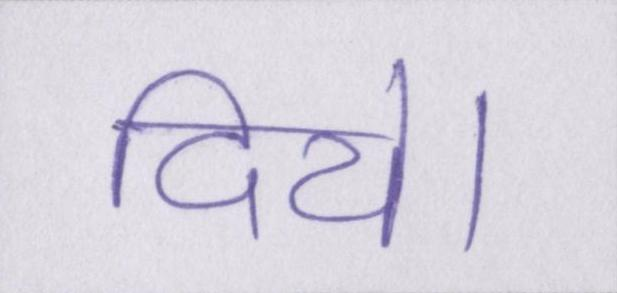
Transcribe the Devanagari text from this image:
दिये।